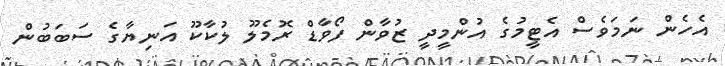
އެހެން ނަމަވެސް އެޓީމުގެ އުންމީދީ ޒުވާން ފޯވާޑް ރޮމެލޫ ލުކާކޫ އަނިޔާގެ ސަބަބުން